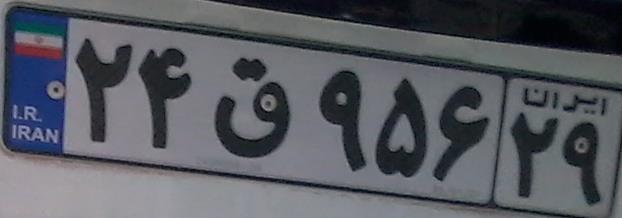
۲۴ق۹۵۶۲۹